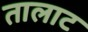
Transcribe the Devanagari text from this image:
तालाट